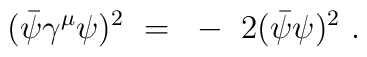
(\bar{\psi} \gamma^\mu \psi)^2 ~=~ -~ 2 (\bar{\psi} \psi)^2 ~.